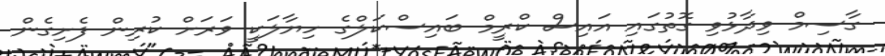
ގާސިމް ވިދާޅުވި ގޮތުގައި އައިސް ކްރީމް ބައިސްކަލްގެ ހިޔާލަކީ ވަރަށް ކުރިން ފެށިގެން